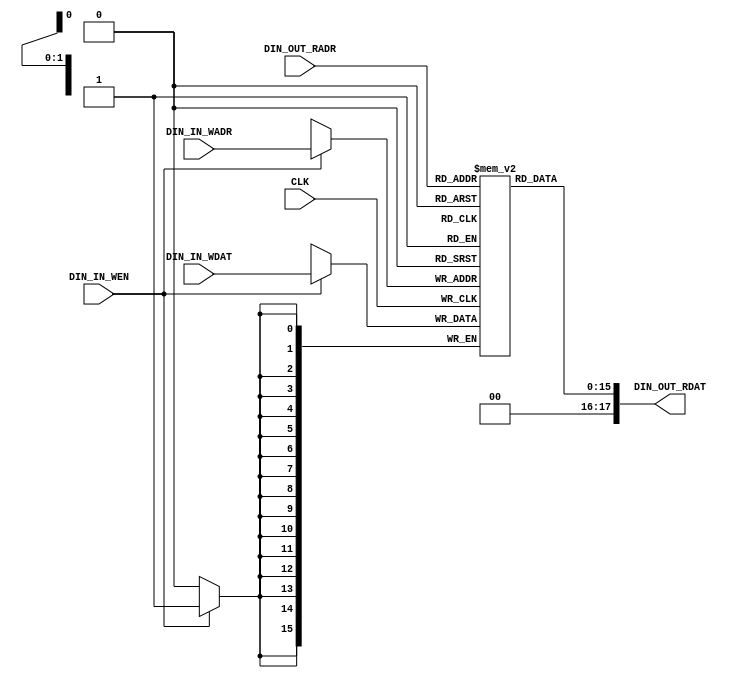
`timescale 1ns / 1ps

// Model of a 2-port RAM
//  1 Write Port
//      +
//  1 Read Port
//
// Number of storage elements = 2^(LOG2_DEPTH)
module DIN_ram_model_1w1r
#( parameter
    [15:0] DIN_OFFSET = 665535,
    DIN_WORDLENGTH = 16,        // Q15.0
    DOUT_WORDLENGTH = 18,       // Q17.0,
    LOG2_DEPTH =  2
)
(
    input      [LOG2_DEPTH-1:0] DIN_IN_WADR,
    input                       DIN_IN_WEN,
    input      [DIN_WORDLENGTH-1:0] DIN_IN_WDAT,
    
    input      [LOG2_DEPTH-1:0] DIN_OUT_RADR,
    output     [DOUT_WORDLENGTH-1:0] DIN_OUT_RDAT,
    
    input      CLK
);

reg [DIN_WORDLENGTH-1:0]        dbuf[(1<<LOG2_DEPTH)-1:0];    // storage array

assign DIN_OUT_RDAT = dbuf[DIN_OUT_RADR];      // retrieve read data

// num_in_buf
always @ (posedge CLK)
begin
    if (DIN_IN_WEN)
        dbuf[DIN_IN_WADR]   <= DIN_IN_WDAT;             // store write data
        
end

endmodule